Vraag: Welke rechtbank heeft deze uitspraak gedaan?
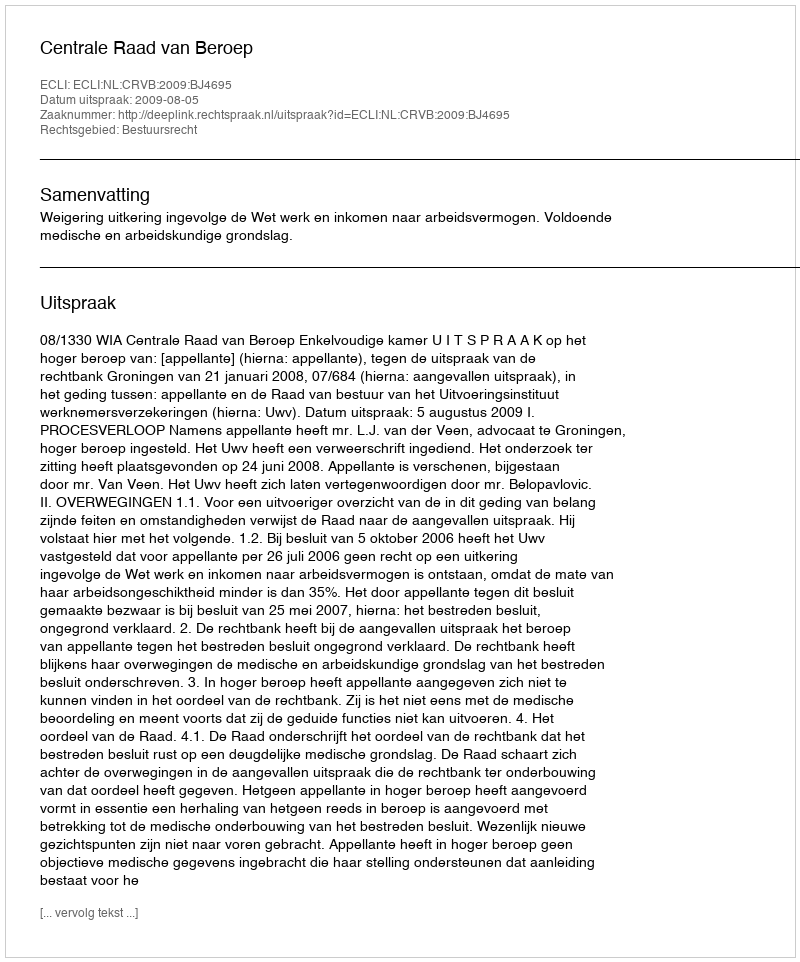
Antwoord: Centrale Raad van Beroep